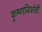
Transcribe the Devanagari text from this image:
कृष्णविवरेही